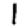
Digit: 1